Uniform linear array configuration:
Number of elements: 32
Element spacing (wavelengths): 0.25
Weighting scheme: hann
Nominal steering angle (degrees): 30
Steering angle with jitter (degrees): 29.953
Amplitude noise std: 0.05
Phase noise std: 0.05

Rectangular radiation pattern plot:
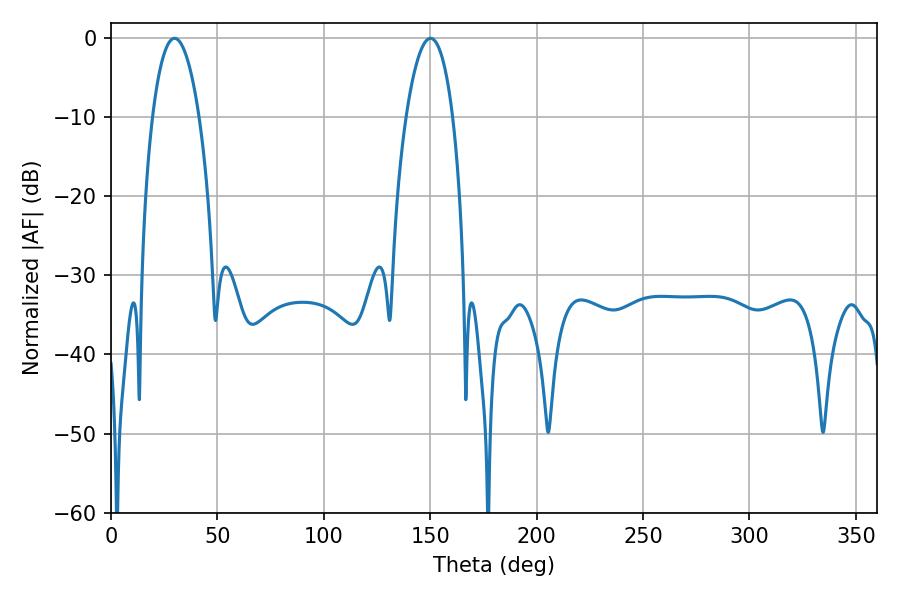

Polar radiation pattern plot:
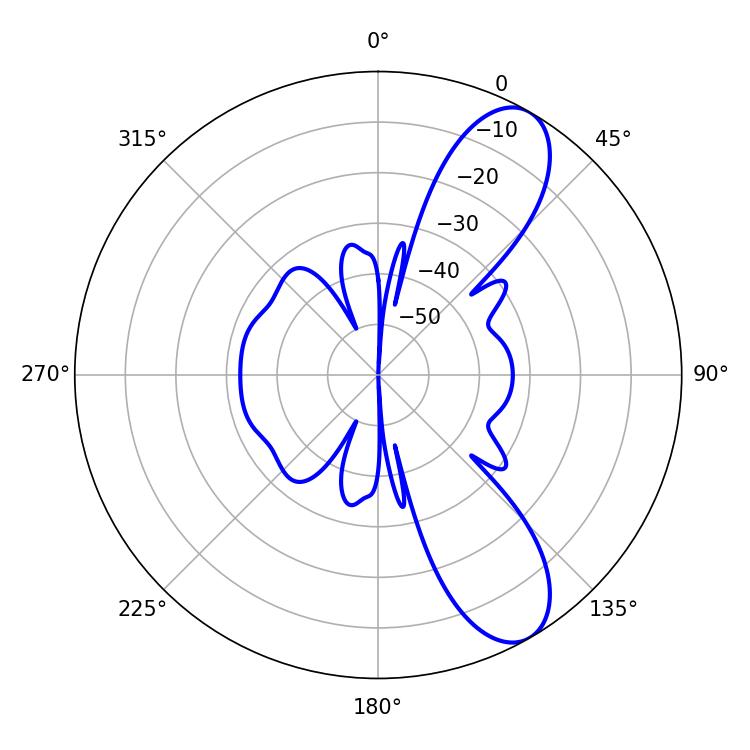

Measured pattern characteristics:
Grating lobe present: FALSE
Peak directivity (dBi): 9.446
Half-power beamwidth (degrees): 12.24
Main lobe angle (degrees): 29.88